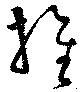
旌